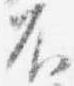
不